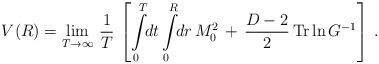
LaTeX: \begin{align*}V(R)=\lim_{T\rightarrow\infty}\,\frac{1}{T}\,\left[\int\limits_{0}^{T}\!\!dt\int\limits_{0}^{R}\!\!dr\,M_{0}^{2}\,+\,\frac{D-2}{2}\,\mbox{Tr}\ln G^{-1}\right]\,{.}\end{align*}